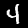
Digit: 4